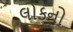
લોકનો